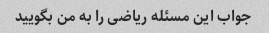
جواب این مسئله ریاضی را به من بگویید